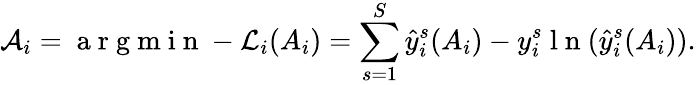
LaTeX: \mathcal{A}_{i}=\mathrm{~a~r~g~m~i~n~}-\mathcal{L}_{i}(A_{i})=\sum_{s=1}^{S}\hat{y}_{i}^{s}(A_{i})-y_{i}^{s}\mathrm{~l~n~}(\hat{y}_{i}^{s}(A_{i})).